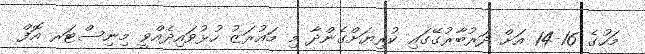
މަހުގެ 16-14 އަށް ދަރުބާރުގޭގައި ކުރިޔަށްގެންދާ މި މައުރަޒު ހުޅުވައިދެއްވީ މިނިސްޓަރ އޮފް